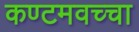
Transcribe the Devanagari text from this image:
कण्टमवच्चा